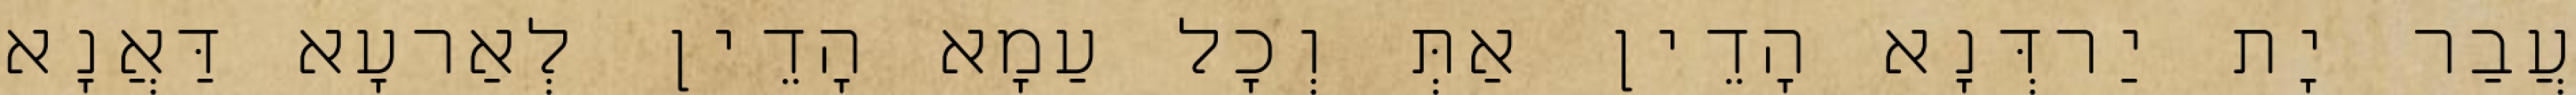
עֲבַר יָת יַרדְּנָא הָדֵין אַתְּ וְכָל עַמָא הָדֵין לְאַרעָא דַּאֲנָא